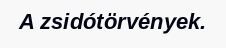
A zsidótörvények.